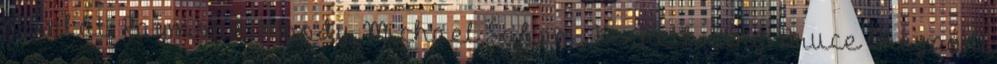
munkát: Raymond Moody, Michael Sabom, Kenneth Ring, Bruce Greyson,